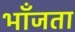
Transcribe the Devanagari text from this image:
भाँजता